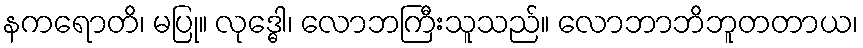
နကရောတိ၊ မပြု။ လုဒ္ဓေါ၊ လောဘကြီးသူသည်။ လောဘာဘိဘူတတာယ၊